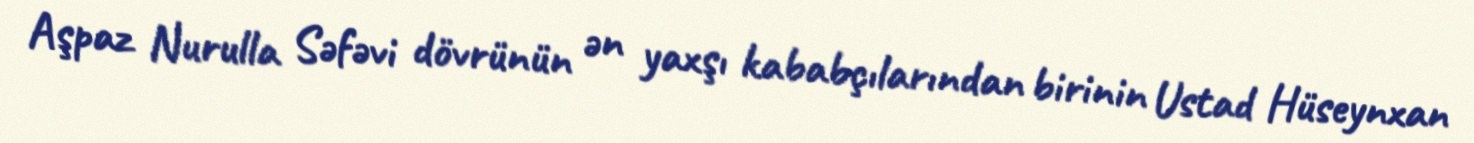
Aşpaz Nurulla Səfəvi dövrünün ən yaxşı kababçılarından birinin Ustad Hüseynxan